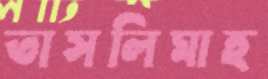
তাসলিমাহ